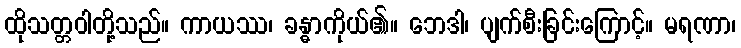
ထိုသတ္တဝါတို့သည်။ ကာယဿ၊ ခန္ဓာကိုယ်၏။ ဘေဒါ၊ ပျက်စီးခြင်းကြောင့်။ မရဏာ၊